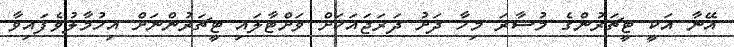
އޭނާ އަކީ ޓީޗަރުންގެ މުސާރަ މިހާ ދަށު ދަރަޖައަކަށް ވަށްޓާލައި ޓީޗަރުންނަށް އިހުމާލުވެފައިވާ